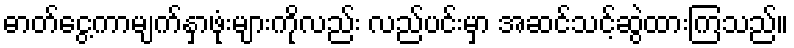
ဓာတ်ငွေ့ကာမျက်နှာဖုံးများကိုလည်း လည်ပင်းမှာ အဆင်သင့်ဆွဲထားကြသည်။